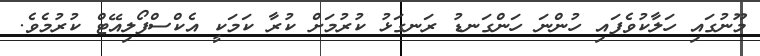
މޫނުގައި ހަލާކުވެފައި ހުންނަ ހަންގަނޑު ރަނގަޅު ކުރުމަށް ކުރާ ކަމަކީ އެކްސްފޯލިއޭޓް ކުރުމެވެ.